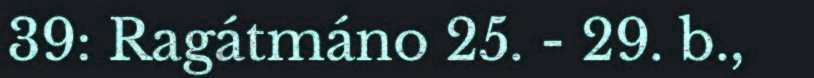
39: Ragátmáno 25. - 29. b.,